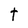
Character: t